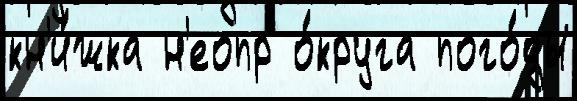
кн'и́жка н'еопр о́круга пого́ды